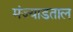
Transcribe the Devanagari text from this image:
मंज्याडताल